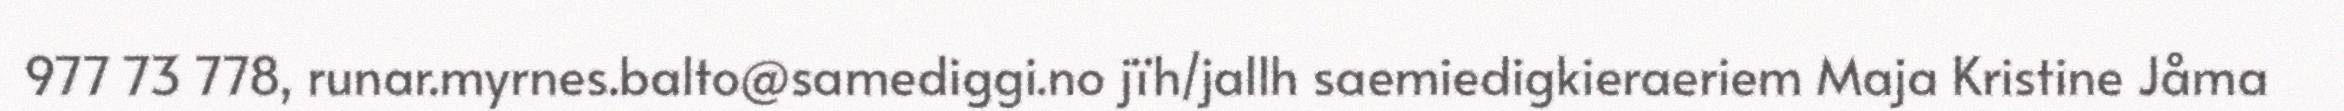
977 73 778, runar.myrnes.balto@samediggi.no jïh/jallh saemiedigkieraeriem Maja Kristine Jåma